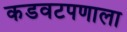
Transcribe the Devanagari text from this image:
कडवटपणाला